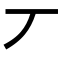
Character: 丆